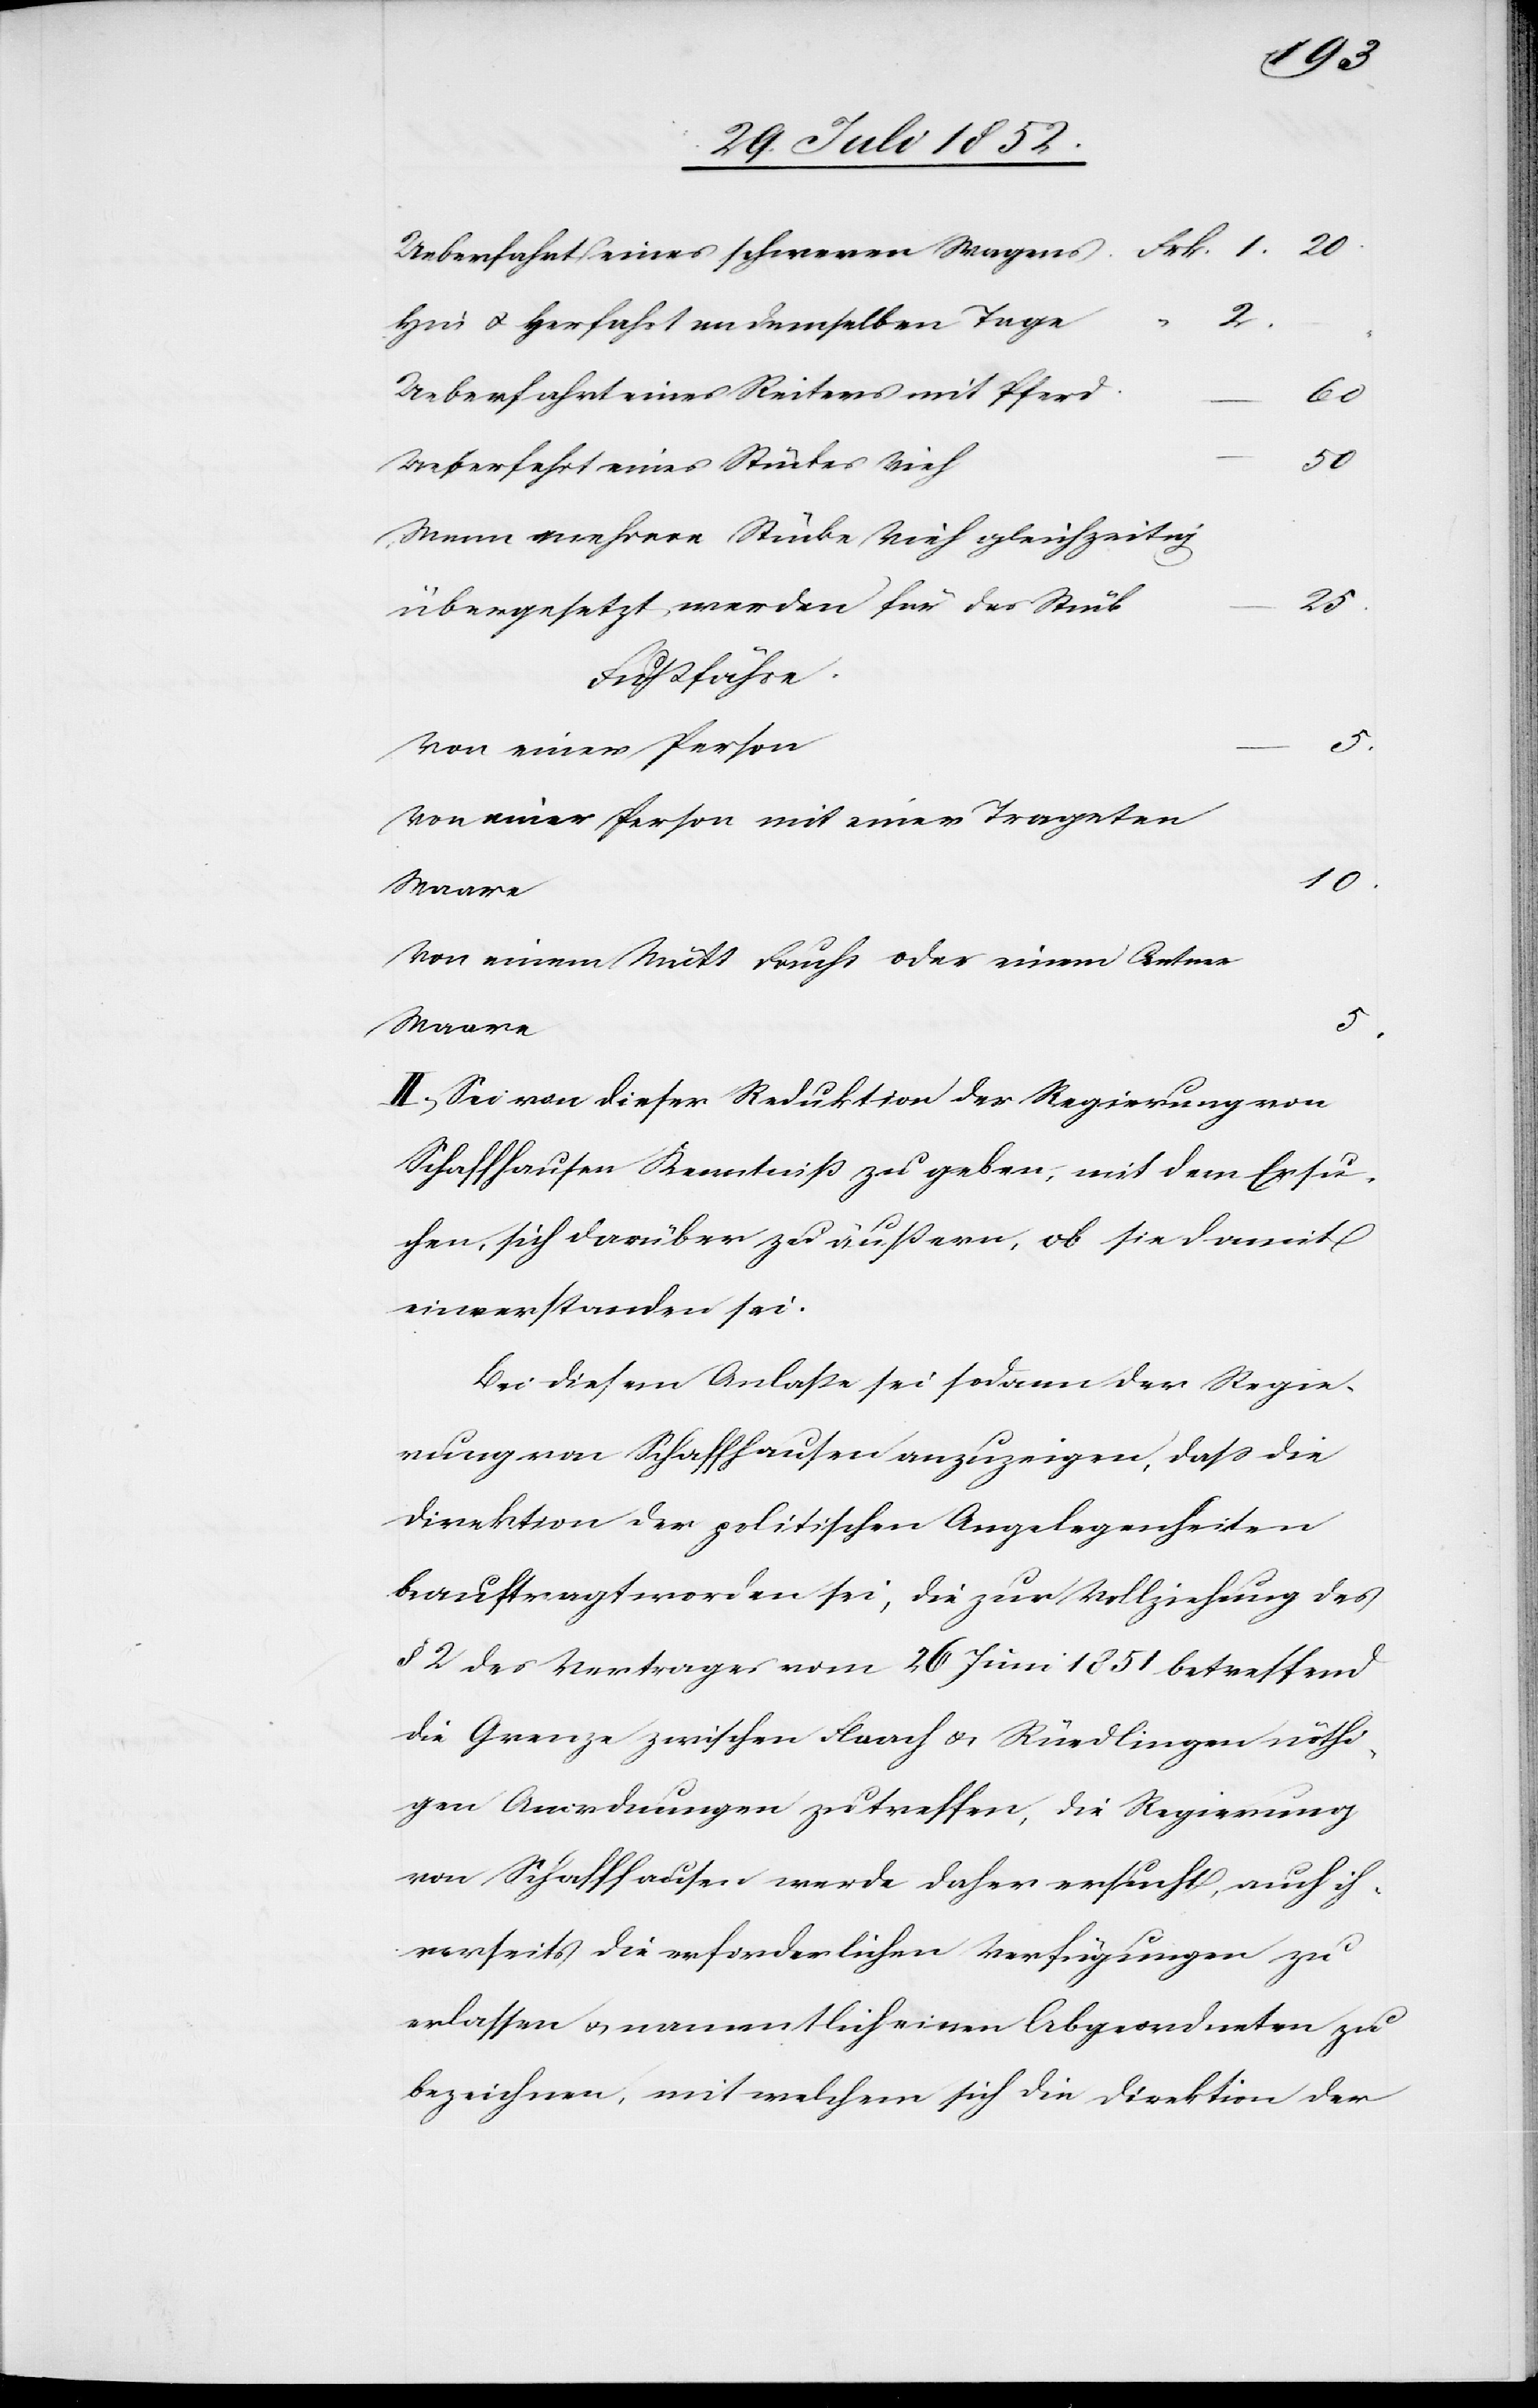
Frk. 1. 20.
Ueberfahrt eines schweren Wagens.
2.
Hin[-] & Herfahrt an demselben Tage
Ueberfahrt eines Reiters mit Pferd.
5.
Ueberfahrt eines Stückes Vieh
50
Wenn mehrere Stücke Vieh gleichzeitig
10.
übergesetzt werden für das Stück
Fußfähre.
Von einer Person
Von einer Person mit einer Trageten
Von einem Mütt Frucht oder einem Centner
Waare
5.
II, Sei von dieser Reduktion der Regierung von
Schaffhausen Kenntniß zu geben, mit dem Ersu¬
chen, sich darüber zu äußern, ob sie damit
einverstanden sei.
Bei diesem Anlaße sei sodann der Regie¬
rung von Schaffhausen anzuzeigen, dass die
Direktion der politischen Angelegenheiten
beauftragt worden sei, die zur Vollziehung des
§ 2 des Vertrages vom 26 Juni 1851 betreffend
die Grenze zwischen Flaach & Rüedlingen nöthi¬
gen Anordnungen zu treffen, die Regierung
von Schaffhausen werde daher ersucht, auch ih¬
rerseits die erforderlichen Verfügungen zu
erlassen & namentlich einen Abgeordneten zu
bezeichnen, mit welchem sich die Direktion der